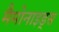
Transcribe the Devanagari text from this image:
मैमोनाइड्स